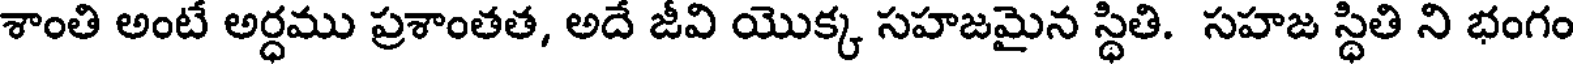
శాంతి అంటే అర్ధము ప్రశాంతత, అదే జీవి యొక్క సహజమైన స్థితి. సహజ స్థితి ని భంగం